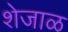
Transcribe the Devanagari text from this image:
शेजाळ